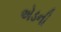
એડની